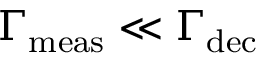
\Gamma _ { \mathrm { m e a s } } \ll \Gamma _ { \mathrm { d e c } }